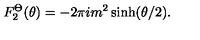
F _ { 2 } ^ { \Theta } ( \theta ) = - 2 \pi i m ^ { 2 } \sinh ( \theta / 2 ) .